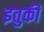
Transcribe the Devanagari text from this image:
इतुकी